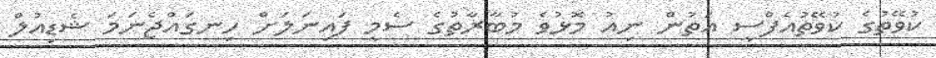
ކުވޭތުގެ ކުވޭތުއެފްސީ އަތުން ނިއު މޮޅުވެ މުބާރާތުގެ ސެމީ ފައިނަލަށް ހިނގައްޖެނަމަ ޝެޑިއުލް